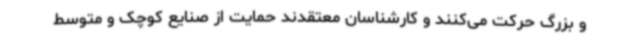
و بزرگ حرکت می‌کنند و کارشناسان معتقدند حمایت از صنایع کوچک و متوسط